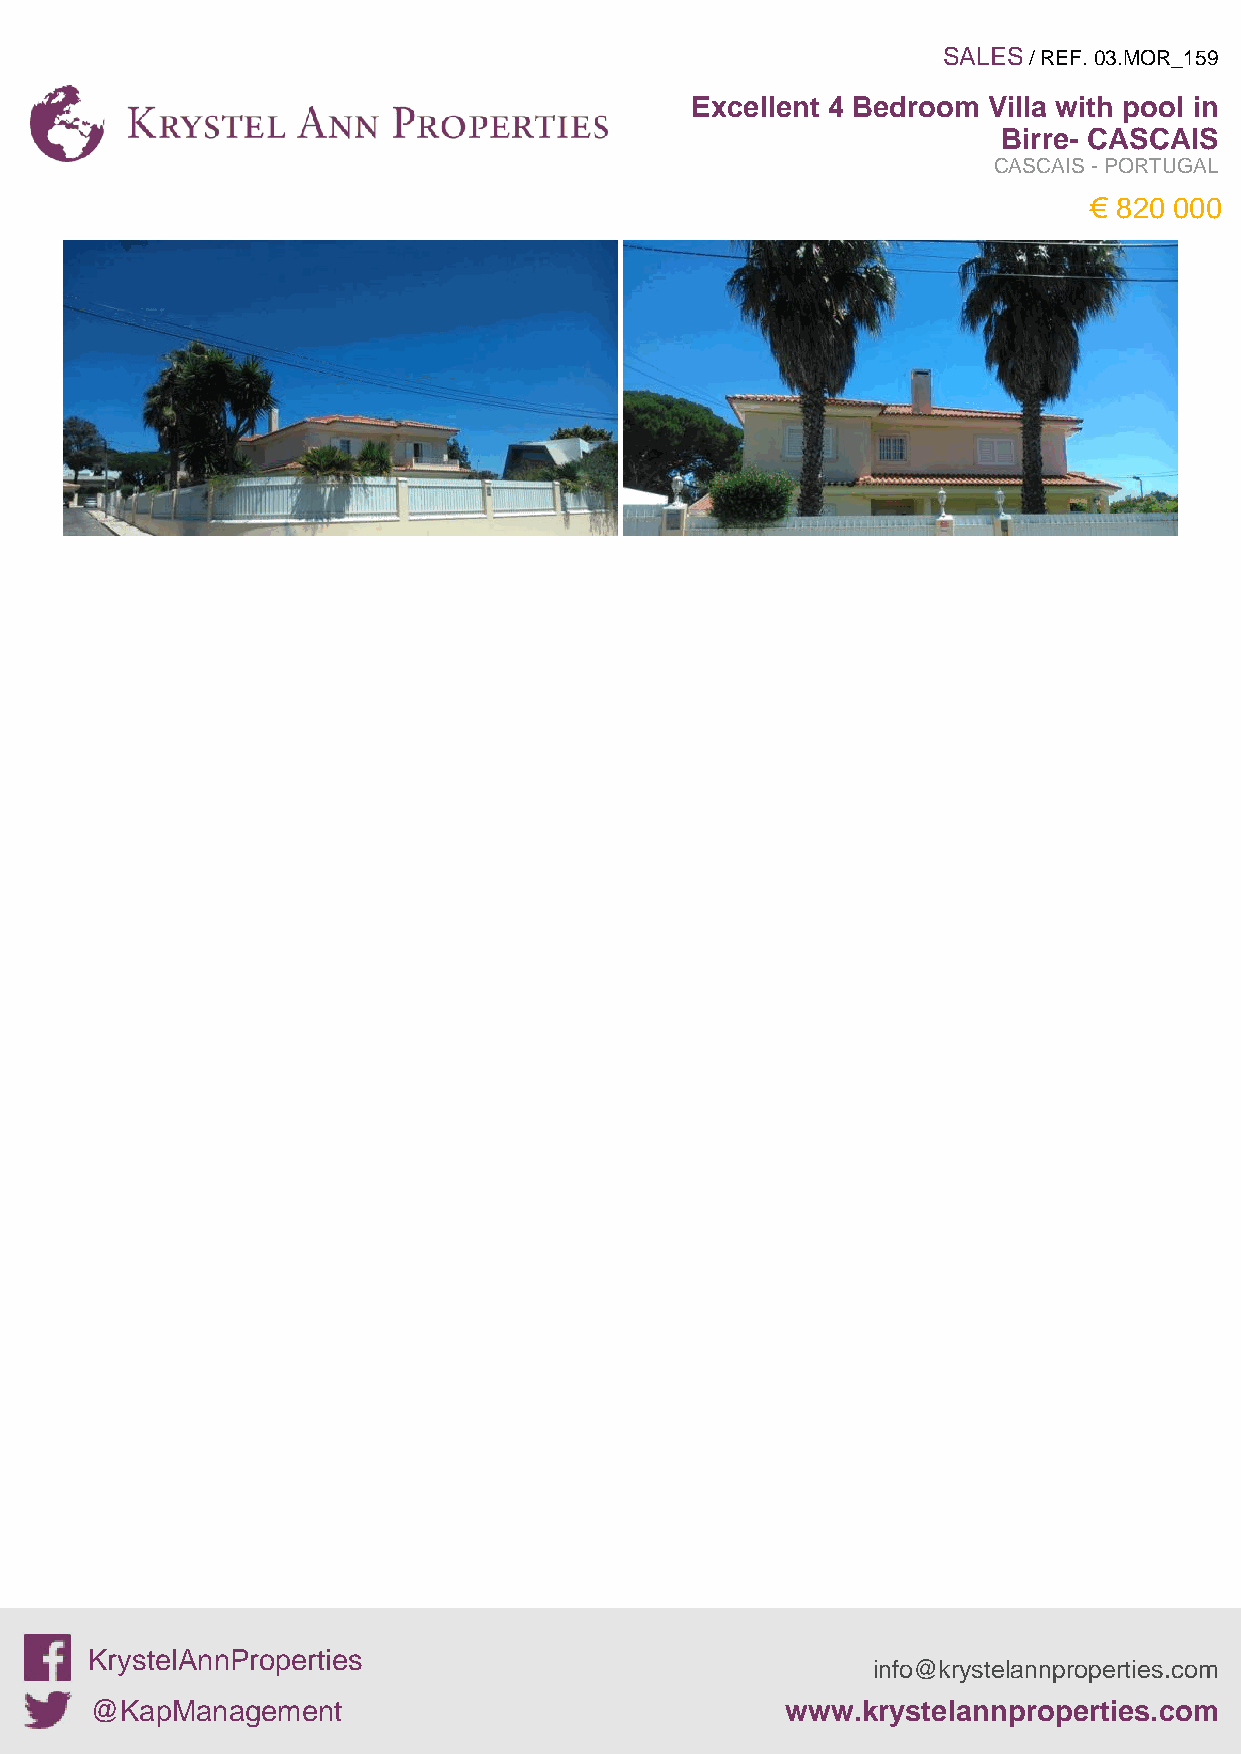
SALES / REF. 03.MOR_159
 Excellent 4 Bedroom Villa with pool in
 Birre- CASCAIS
 CASCAIS - PORTUGAL
 € 820 000
 KrystelAnnProperties
 info@krystelannproperties.com
 @KapManagement                                www.krystelannproperties.com